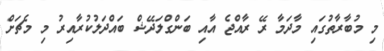
މި މުބާރާތުގައި މާދަމާ ރޭ ރާއްޖެ އާއި ބަންގްލަދޭޝް ބައްދަލުކުރާއިރު މި މެޗަށް